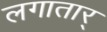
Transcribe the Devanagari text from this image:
लगातार्